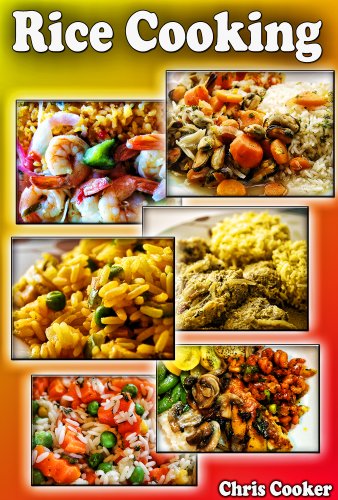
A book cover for Simple Rice Cookbook: Risottos, Chilis and Other Rice Recipes For Fast Home Cooking; Chris Cooker; Cookbooks, Food & Wine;